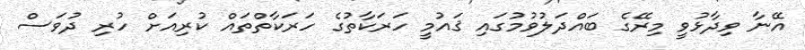
އޭނާ ވިދާޅުވީ މިރޭގެ ބައްދަލުވުމުގައި ޤައުމީ ހަރަކާތުގެ ހަރަކާތްތައް ކުރިއަށް ހުރި ދުވަސް